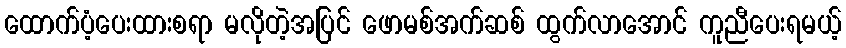
ထောက်ပံ့ပေးထားစရာ မလိုတဲ့အပြင် ဖောမစ်အက်ဆစ် ထွက်လာအောင် ကူညီပေးရမယ့်